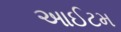
આઈટમ